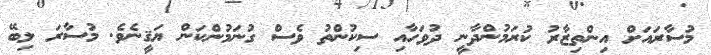
މުސާރައަށް އިންތިޒާރު ކުރަމުންދާނީ ދުވަހާއި ސިކުންތު ވެސް ގުނަމުންކަން ޔަޤީނެވެ. މުސާރަ ލިބޭ